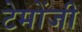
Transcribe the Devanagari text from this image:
टेमोंजी